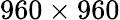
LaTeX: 960\times 960